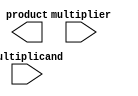
module radix4_multiplier(
  input [31:0] multiplicand,
  input [31:0] multiplier,
  output reg [63:0] product
);

reg [31:0] multiplicand_reg;
reg [31:0] multiplier_reg;
reg [31:0] partial_products [3:0];
reg [63:0] final_result;

always @(posedge clk) begin
  multiplicand_reg <= multiplicand;
  multiplier_reg <= multiplier;
  
  // Booth encoding logic
  // Add your code here
  
  // Partial product generation using array multiplier method
  // Add your code here
  
  // Wallace tree reduction for final addition of partial products
  // Add your code here
  
  // Output register to store the final result
  final_result <= product;
end

endmodule